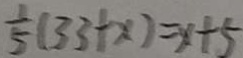
\frac { 1 } { 5 } ( 3 3 + x ) = x + 5